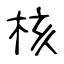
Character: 核